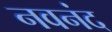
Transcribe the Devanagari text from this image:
नवनंद